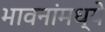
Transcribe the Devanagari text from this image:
भावनांमध्ये